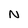
Character: N